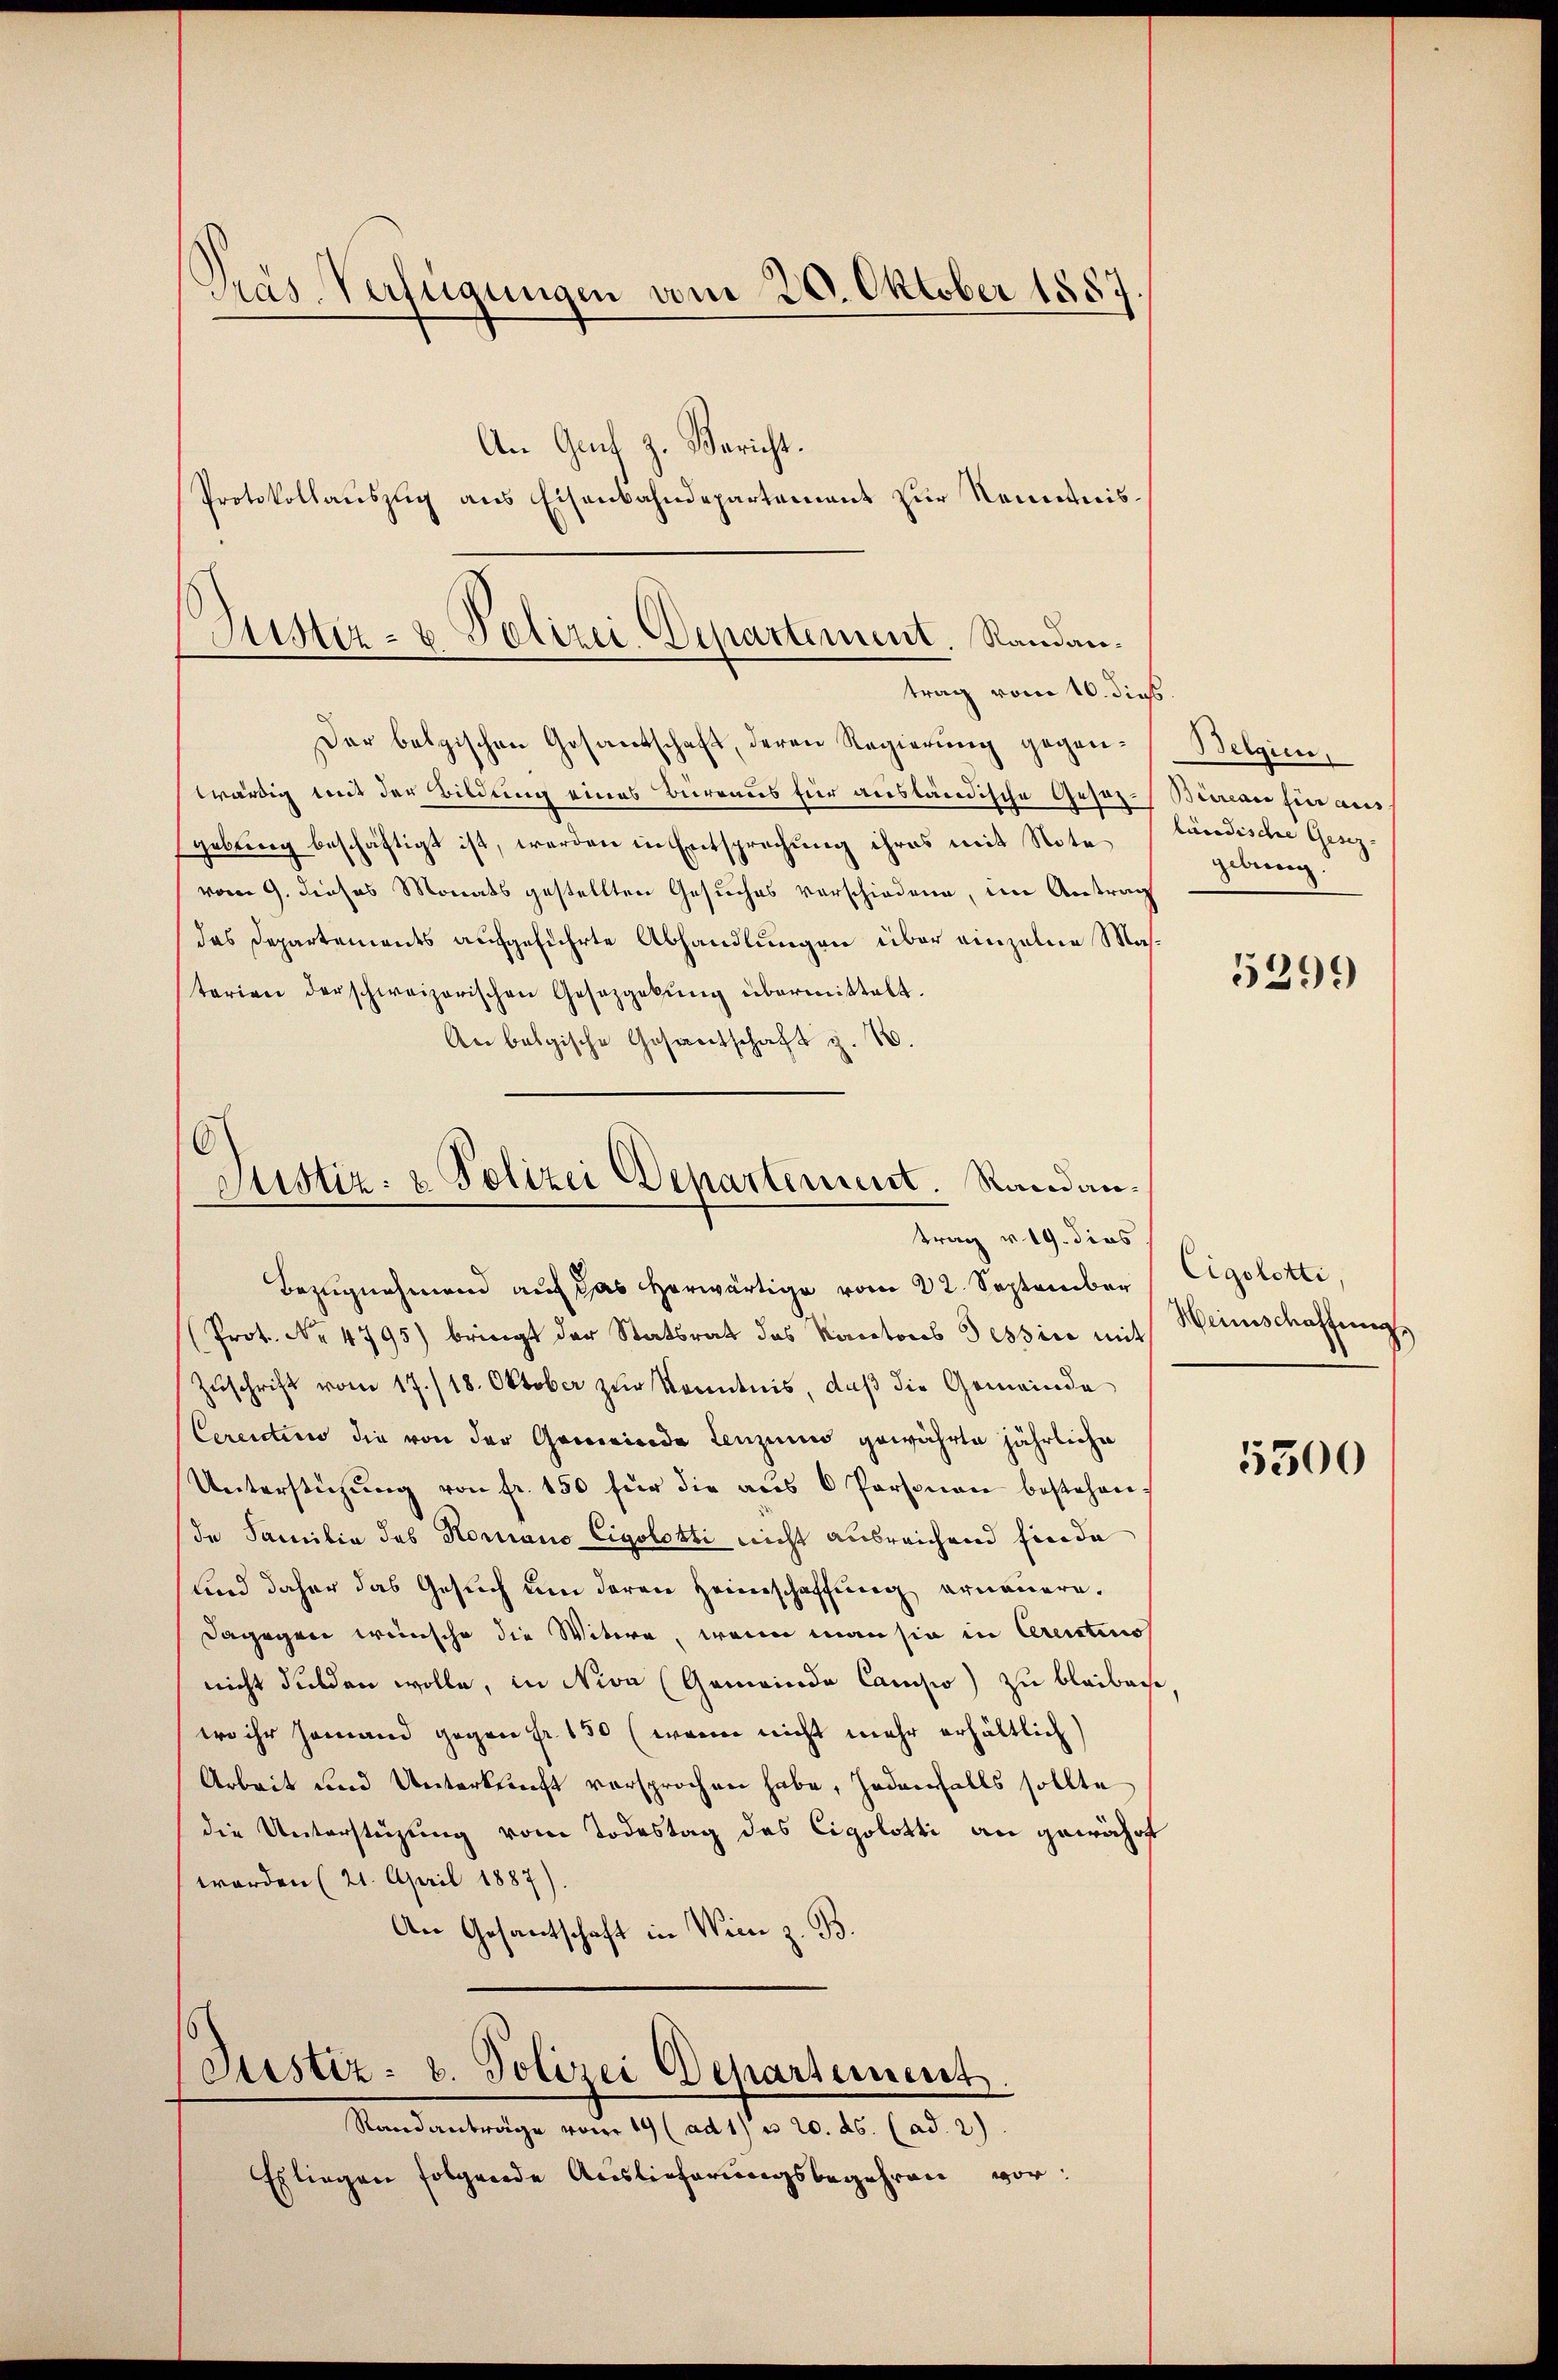
Pras-Verfügungen vom 20. Oktober 1857

An Gent z. Bericht.
Protokollauszug aus Eisenbahndepartement zur Kenntnis¬

Justiz- & Polizei-Departement. Randantrag vom 10. dies.

Der belgischen Gesandschaft, deren Regierŭng gegenwürdig mit der Bildung eines Büreaus für ausländische Gesez-Bureau fin aus
gebung beschäftigt ist, werden in Entsprechung ihres mit Note
vom 9. dieses Monats gestellten Gesuches verschiedene, im Antrag
das Departements aufgeführte Abhandlungen über einzelne Masterien der schweizerischen Gesetzgebŭng übermittelt.
An belgische Gesantschaft z. B.
Bezŭgnehmend aŭf das herwärtige vom 22. September Cigoletti,
Prot. No 4795) bringt der Statsrat das Kantons Tessine mit
Zŭschrift vom 17./18. Oktober zŭr Kenntnis, daβ die Gemeinde
Cerention die von der Gemeinde Leuzine gewährte jährliche
Unterstützŭng von fr. 150 für die aŭs 6 Personau bestehen.
de Familia des Komano Eigolokti nicht ausreichend finde
und daher das Gesuch um deren Heimschaffung ernauern.
dagegen wünsche die Witwe, wenn man sie in Arentino
nicht dulden wolle, in Niva (Gemeinde Camisio) zu bleibene
wo ihr jemand gegen Fr. 150 (wenn nicht mehr erhältlich
Arbeit und Unterkunft versprochen habe, jedenfalls sollte
die Unterstüzung vom Todestag des Cigolotti an gewährt
worden (21. April 1887)
An Gesantschaft in Wien z. B.
Justiz- u. Polizei Departement
Standanträge vom 19 (ad 1) u. 20. ds. (ad. 2)
Esliegen folgende Auslieferungsbegehren vor:

6
Justiz- & Polizei Departement. Randantrag v. 19. dies.

Bergen.
lucedische Gesez- |
gebung.

5299

Heinschaffung

5500